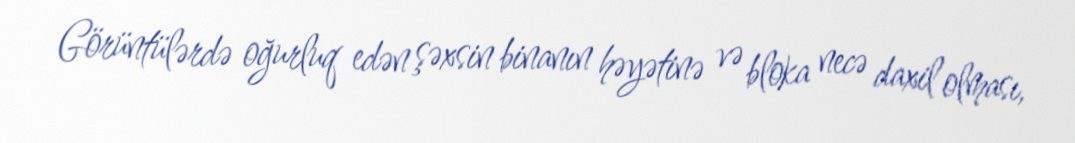
Görüntülərdə oğurluq edən şəxsin binanın həyətinə və bloka necə daxil olması,